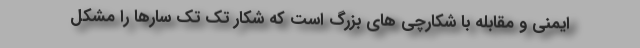
ایمنی و مقابله با شکارچی های بزرگ است که شکار تک تک سارها را مشکل